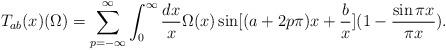
LaTeX: \begin{align*}T_{ab}(x)(\Omega) = \sum^{\infty}_{p=-\infty} \int^{\infty}_{0} {dx \over x} \Omega(x)\sin [(a+2p \pi)x + {b \over x}] (1 - {\sin \pi x \over \pi x}).\end{align*}